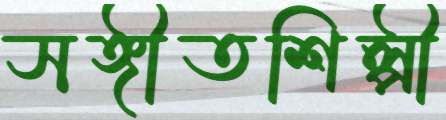
সঙ্গীতশিল্পী